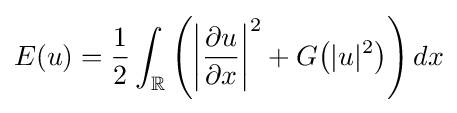
E(u)={\frac {1}{2}}\int _{\mathbb {R} }\left(\left|{\frac {\partial u}{\partial x}}\right|^{2}+G\!\left(|u|^{2}\right)\right)dx